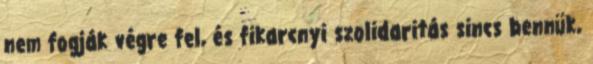
nem fogják végre fel, és fikarcnyi szolidaritás sincs bennük,